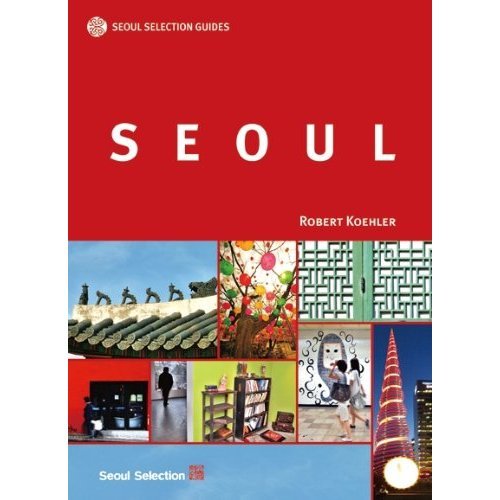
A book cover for Seoul Selection Guides: Seoul; Robert Koehler; History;